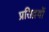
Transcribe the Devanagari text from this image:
प्रतिद्रवों